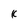
Character: K